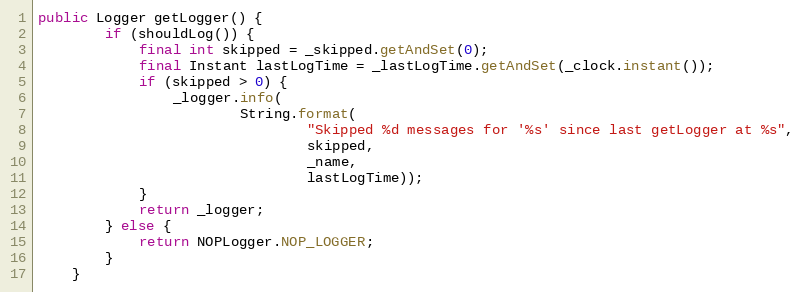
Language: Java
public Logger getLogger() {
        if (shouldLog()) {
            final int skipped = _skipped.getAndSet(0);
            final Instant lastLogTime = _lastLogTime.getAndSet(_clock.instant());
            if (skipped > 0) {
                _logger.info(
                        String.format(
                                "Skipped %d messages for '%s' since last getLogger at %s",
                                skipped,
                                _name,
                                lastLogTime));
            }
            return _logger;
        } else {
            return NOPLogger.NOP_LOGGER;
        }
    }